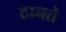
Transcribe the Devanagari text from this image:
ठानते